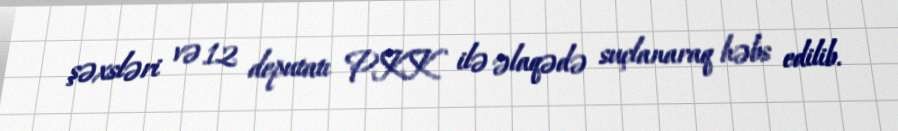
şəxsləri və 12 deputatı PKK ilə əlaqədə suçlanaraq həbs edilib.